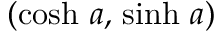
( \cosh \, a , \, \sinh \, a )